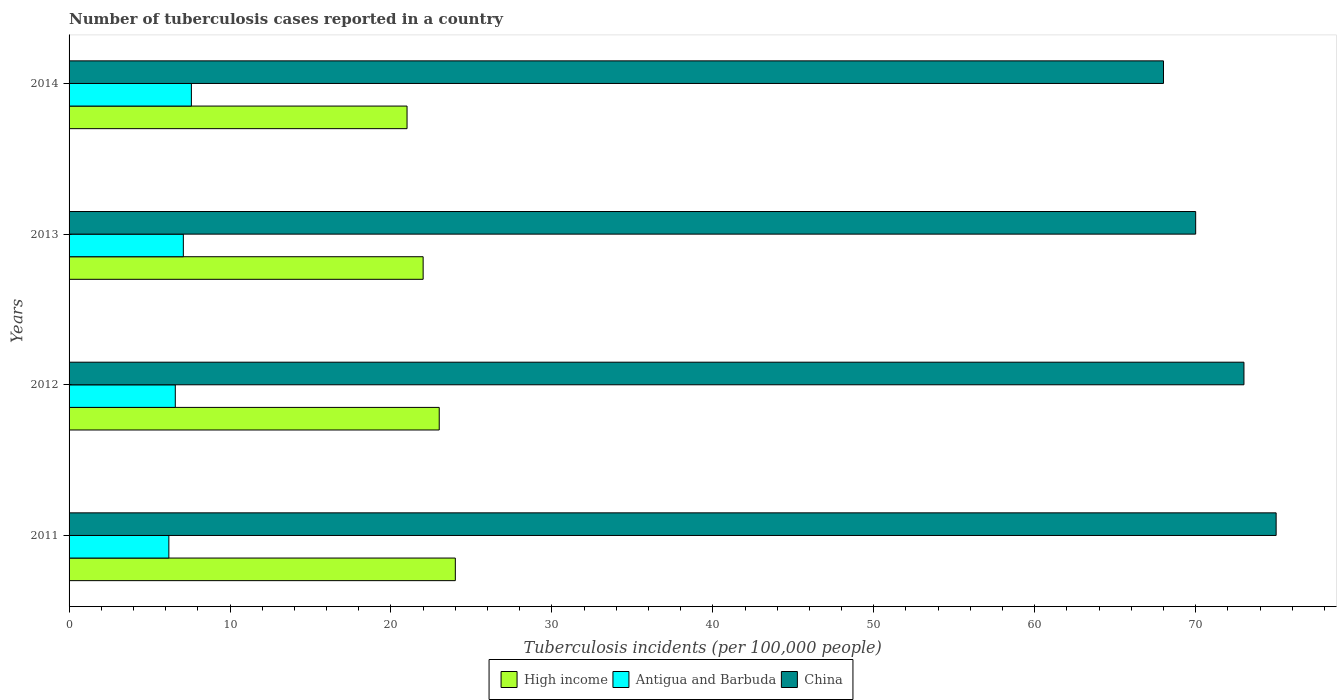
| Years | High income | Antigua and Barbuda | China |
 | --- | --- | --- | --- |
 | 2011 | 24 | 6.2 | 75 |
 | 2012 | 23 | 6.6 | 73 |
 | 2013 | 22 | 7.1 | 70 |
 | 2014 | 21 | 7.6 | 68 |